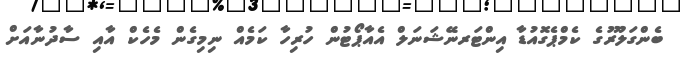
ބެންގަލޫރުގެ ކެމްޕެގޮއުޑާ އިންޓަރނޭޝަނަލް އެއާޕޯޓުން ހުރިހާ ކަމެއް ނިމިގެން މެހެކް އާއި ސާދުނާއަށް